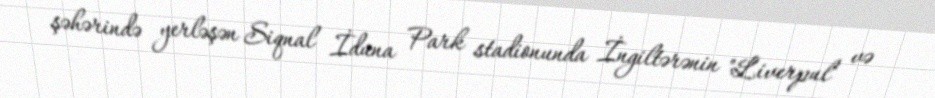
şəhərində yerləşən Siqnal İduna Park stadionunda İngiltərənin "Liverpul" və